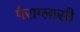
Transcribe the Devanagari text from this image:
पैराग्लासी